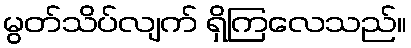
မွတ်သိပ်လျက် ရှိကြလေသည်။